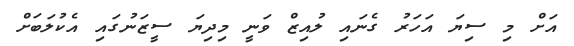
އަށް މި ސިޔަ އަހަރު ގެނައި ލުއިޒް ވަނީ މިދިޔަ ސީޒަނުގައި އެކުލަބަށް